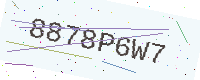
Text: 8878P6W7